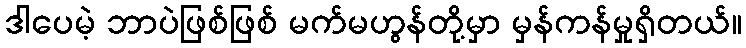
ဒါပေမဲ့ ဘာပဲဖြစ်ဖြစ် မက်မဟွန်တို့မှာ မှန်ကန်မှုရှိတယ်။